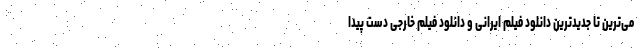
می‌ترین تا جدیدترین دانلود فیلم ایرانی و دانلود فیلم خارجی دست پیدا